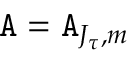
\mathtt { A } = \mathtt { A } _ { J _ { \tau } , m }